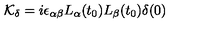
{ \cal K } _ { \delta } = i \epsilon _ { \alpha \beta } L _ { \alpha } ( t _ { 0 } ) L _ { \beta } ( t _ { 0 } ) \delta ( 0 )